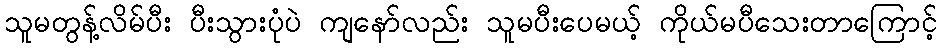
သူမတွန့်လိမ်ပီး ပီးသွားပုံပဲ ကျနော်လည်း သူမပီးပေမယ့် ကိုယ်မပီသေးတာကြောင့်